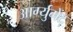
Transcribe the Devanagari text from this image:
आर्ग्युमेंट